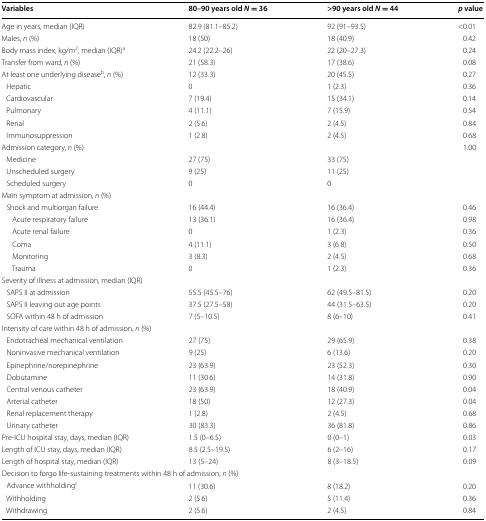
<table><thead><tr><td><b>Variables</b></td><td><b>80–90 years old <i>N</i> = 36</b></td><td><b>&gt;90 years old <i>N</i> = 44</b></td><td><b><i>p</i> value</b></td></tr></thead><tbody><tr><td>Age in years, median (IQR)</td><td>82.9 (81.1–85.2)</td><td>92 (91–93.5)</td><td>&lt;0.01</td></tr><tr><td>Males, <i>n</i> (%)</td><td>18 (50)</td><td>18 (40.9)</td><td>0.42</td></tr><tr><td>Body mass index, kg/m<sup>2</sup>, median (IQR)<sup>a</sup></td><td>24.2 (22.2–26)</td><td>22 (20–27.3)</td><td>0.24</td></tr><tr><td>Transfer from ward, <i>n</i> (%)</td><td>21 (58.3)</td><td>17 (38.6)</td><td>0.08</td></tr><tr><td>At least one underlying disease<sup>b</sup>, <i>n</i> (%)</td><td>12 (33.3)</td><td>20 (45.5)</td><td>0.27</td></tr><tr><td> Hepatic</td><td>0</td><td>1 (2.3)</td><td>0.36</td></tr><tr><td> Cardiovascular</td><td>7 (19.4)</td><td>15 (34.1)</td><td>0.14</td></tr><tr><td> Pulmonary</td><td>4 (11.1)</td><td>7 (15.9)</td><td>0.54</td></tr><tr><td> Renal</td><td>2 (5.6)</td><td>2 (4.5)</td><td>0.84</td></tr><tr><td> Immunosuppression</td><td>1 (2.8)</td><td>2 (4.5)</td><td>0.68</td></tr><tr><td colspan="3">Admission category, <i>n</i> (%)</td><td>1.00</td></tr><tr><td> Medicine</td><td>27 (75)</td><td>33 (75)</td><td></td></tr><tr><td> Unscheduled surgery</td><td>9 (25)</td><td>11 (25)</td><td></td></tr><tr><td> Scheduled surgery</td><td>0</td><td>0</td><td></td></tr><tr><td colspan="4">Main symptom at admission, <i>n</i> (%)</td></tr><tr><td> Shock and multiorgan failure</td><td>16 (44.4)</td><td>16 (36.4)</td><td>0.46</td></tr><tr><td>Acute respiratory failure</td><td>13 (36.1)</td><td>16 (36.4)</td><td>0.98</td></tr><tr><td>Acute renal failure</td><td>0</td><td>1 (2.3)</td><td>0.36</td></tr><tr><td>Coma</td><td>4 (11.1)</td><td>3 (6.8)</td><td>0.50</td></tr><tr><td>Monitoring</td><td>3 (8.3)</td><td>2 (4.5)</td><td>0.68</td></tr><tr><td>Trauma</td><td>0</td><td>1 (2.3)</td><td>0.36</td></tr><tr><td colspan="4">Severity of illness at admission, median (IQR)</td></tr><tr><td> SAPS II at admission</td><td>55.5 (45.5–76)</td><td>62 (49.5–81.5)</td><td>0.20</td></tr><tr><td> SAPS II leaving out age points</td><td>37.5 (27.5–58)</td><td>44 (31.5–63.5)</td><td>0.20</td></tr><tr><td> SOFA within 48 h of admission</td><td>7 (5–10.5)</td><td>8 (6–10)</td><td>0.41</td></tr><tr><td colspan="4">Intensity of care within 48 h of admission, <i>n</i> (%)</td></tr><tr><td> Endotracheal mechanical ventilation</td><td>27 (75)</td><td>29 (65.9)</td><td>0.38</td></tr><tr><td> Noninvasive mechanical ventilation</td><td>9 (25)</td><td>6 (13.6)</td><td>0.20</td></tr><tr><td> Epinephrine/norepinephrine</td><td>23 (63.9)</td><td>23 (52.3)</td><td>0.30</td></tr><tr><td> Dobutamine</td><td>11 (30.6)</td><td>14 (31.8)</td><td>0.90</td></tr><tr><td> Central venous catheter</td><td>23 (63.9)</td><td>18 (40.9)</td><td>0.04</td></tr><tr><td> Arterial catheter</td><td>18 (50)</td><td>12 (27.3)</td><td>0.04</td></tr><tr><td> Renal replacement therapy</td><td>1 (2.8)</td><td>2 (4.5)</td><td>0.68</td></tr><tr><td> Urinary catheter</td><td>30 (83.3)</td><td>36 (81.8)</td><td>0.86</td></tr><tr><td>Pre-ICU hospital stay, days, median (IQR)</td><td>1.5 (0–6.5)</td><td>0 (0–1)</td><td>0.03</td></tr><tr><td>Length of ICU stay, days, median (IQR)</td><td>8.5 (2.5–19.5)</td><td>6 (2–16)</td><td>0.17</td></tr><tr><td>Length of hospital stay, median (IQR)</td><td>13 (5–24)</td><td>8 (3–18.5)</td><td>0.09</td></tr><tr><td colspan="4">Decision to forgo life-sustaining treatments within 48 h of admission, <i>n</i> (%)</td></tr><tr><td> Advance withholding<sup>c</sup></td><td>11 (30.6)</td><td>8 (18.2)</td><td>0.20</td></tr><tr><td> Withholding</td><td>2 (5.6)</td><td>5 (11.4)</td><td>0.36</td></tr><tr><td> Withdrawing</td><td>2 (5.6)</td><td>2 (4.5)</td><td>0.84</td></tr></tbody></table>